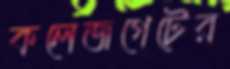
কলেজগেটের